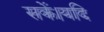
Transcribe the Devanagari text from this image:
सकें।यदि